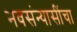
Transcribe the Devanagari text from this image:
नवसंन्यासींचा